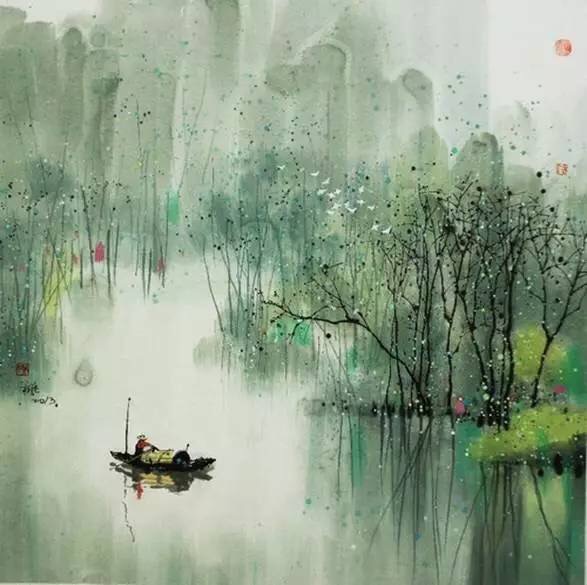
念故人，千里至此共明月。